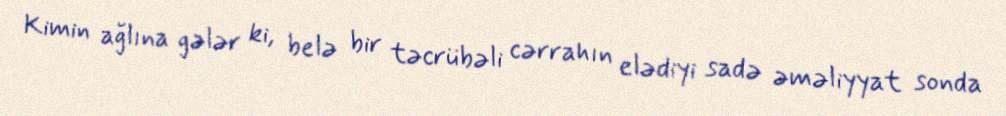
Kimin ağlına gələr ki, belə bir təcrübəli cərrahın elədiyi sadə əməliyyat sonda